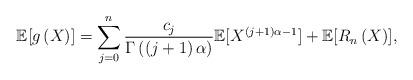
LaTeX: \begin{align*}\mathbb{E}[g\left ( X \right )]= \sum_{j=0}^{n}\frac{c_{j}}{\Gamma \left ( \left ( j+1 \right ) \alpha \right )}\mathbb{E}[X^{\left ( j+1 \right )\alpha -1}]+\mathbb{E}[R_{n}\left ( X \right )],\end{align*}